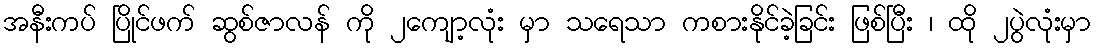
အနီးကပ် ပြိုင်ဖက် ဆွစ်ဇာလန် ကို ၂ကျော့လုံး မှာ သရေသာ ကစားနိုင်ခဲ့ခြင်း ဖြစ်ပြီး ၊ ထို ၂ပွဲလုံးမှာ